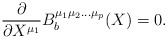
\begin{align*}\frac{\partial}{\partial X^{\mu_1}}B_{b}^{\mu_{1}\mu_{2}\ldots\mu_{p}}(X)=0. \end{align*}